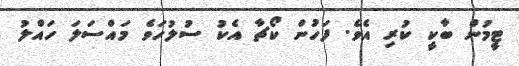
ޓީމުން ބާކީ ކުރި އެވެ. ފަހުން ކޯޗާ އެކު ސުލުހަވެ މައްސަލަ ހައްލު